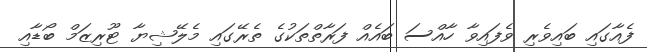
ފެއާގައި ބައިވެރި ވެފައިވާ ހާއްސަ ބައެއް ފަރާތްތަކުގެ ތެރޭގައި މެލޭޝިޔާ ޓޫރިޒަމް ބޯޑާއި